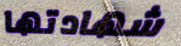
شهادتها